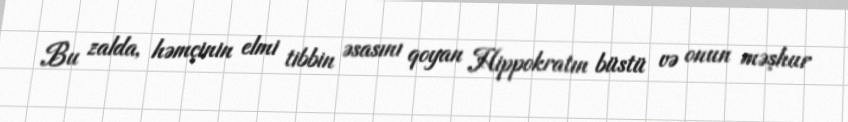
Bu zalda, həmçinin elmi tibbin əsasını qoyan Hippokratın büstü və onun məşhur